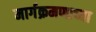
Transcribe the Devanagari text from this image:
मार्गक्रमणाच्या